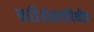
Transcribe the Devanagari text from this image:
कार्डियोमायोपैथीज